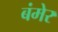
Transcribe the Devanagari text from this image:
बंमेर